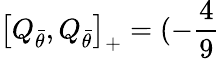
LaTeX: \left[Q_{\bar{\theta}},Q_{\bar{\theta}}\right]_{+}=(-\frac{4}{9}